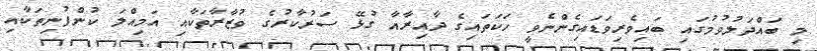
މި ބައްދަލުވުމުގައި ބައިވެރިވަޑައިގެންނެވީ ހަކަތައިގެ ދާއިރާއާ ގުޅޭ ސަރުކާރުގެ ވުޒާރާތަކާއި އަމިއްލަ ކުންފުނިތަކާއި